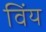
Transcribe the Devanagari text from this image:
विंय